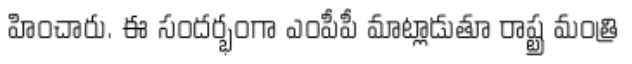
హించారు. ఈ సందర్భంగా ఎంపీపీ మాట్లాడుతూ రాష్ట్ర మంత్రి